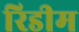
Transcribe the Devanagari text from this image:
रिडीम